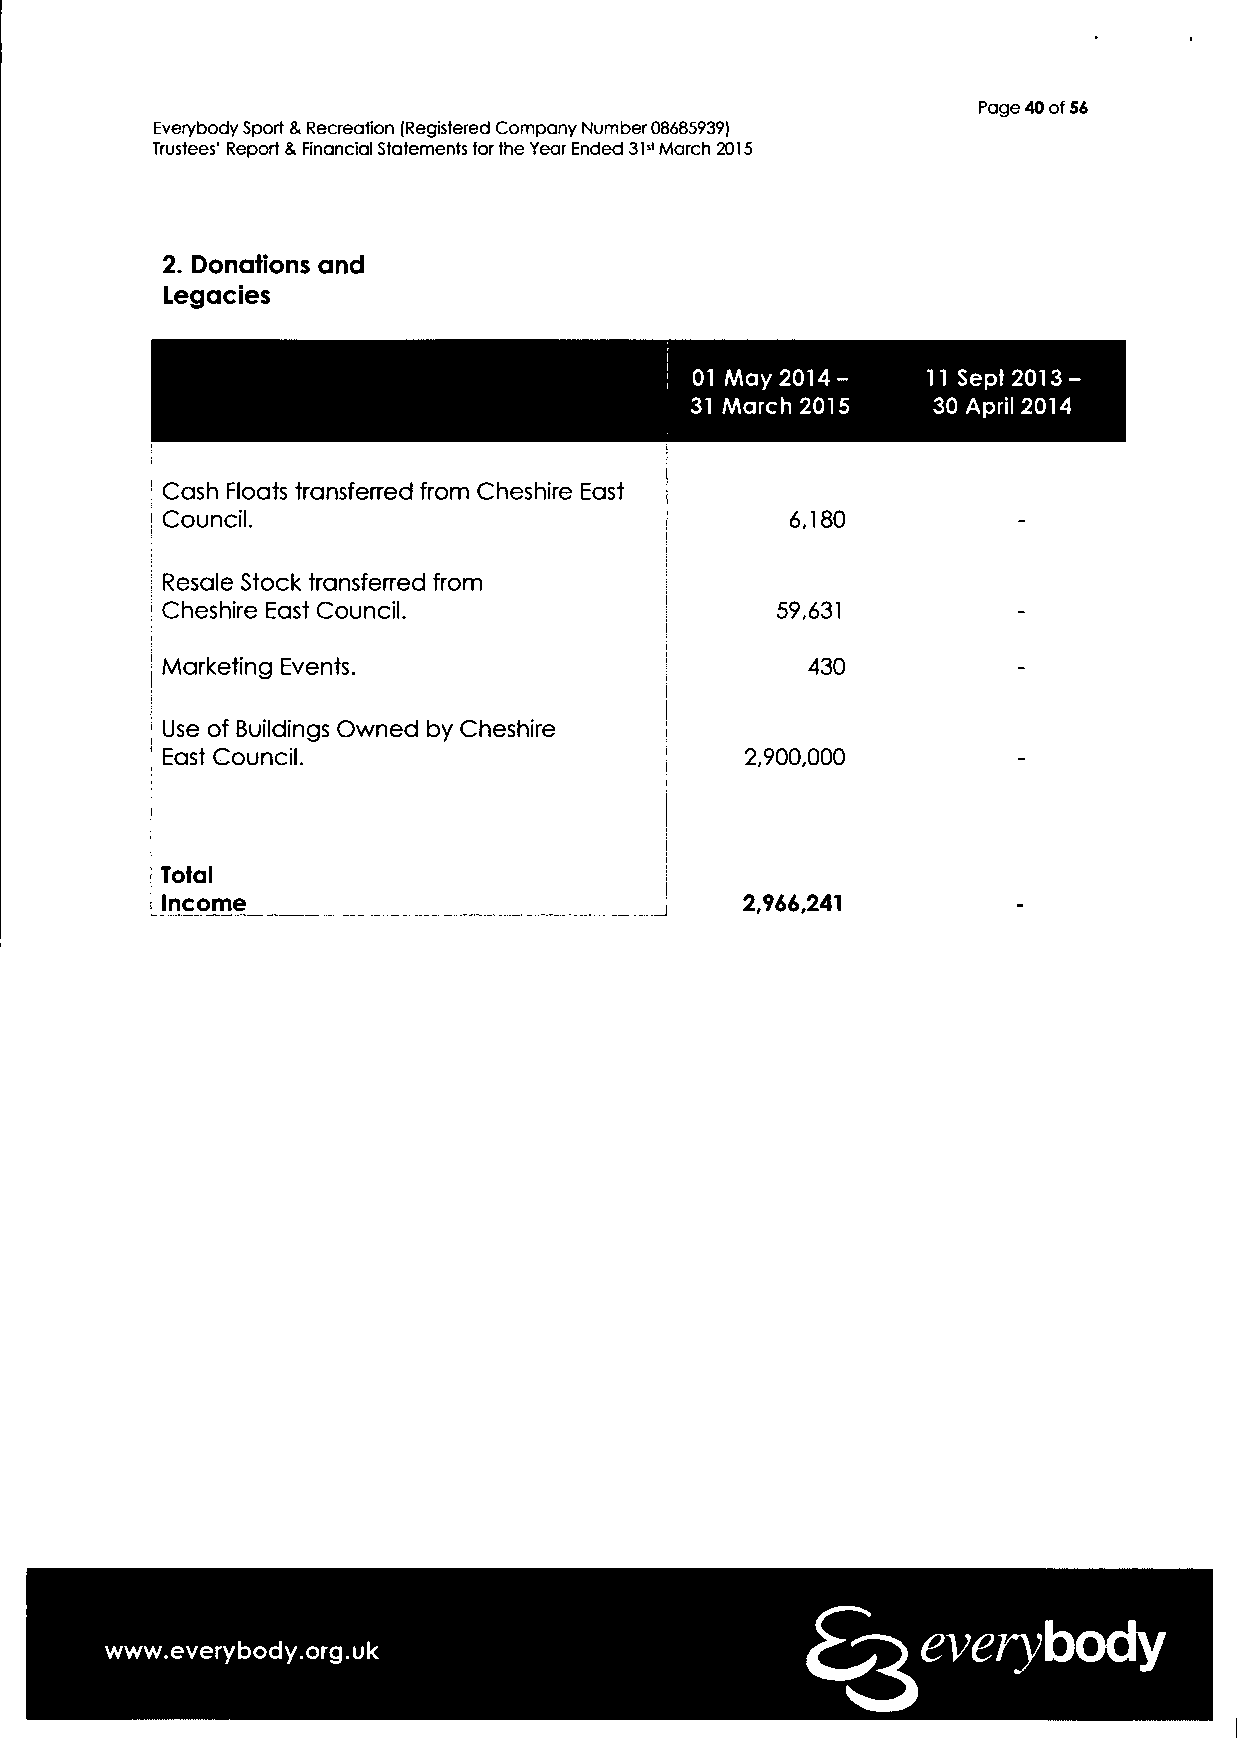
Page 40 of 56
 Everybody Sport & Recreation (Registered Company Number 08685939)
 Trustees' Report & Financial Statements for the Year Ended 31st March 2015
 2. Donations and
 Legacies
 01 May 2014-   11 Sept 2013-
 31 March 2015   30 April 2014
 Cash Floats transferred from Cheshire East
 Council.                                 6,180
 Resale Stock transferred from
 Cheshire East Council.                  59,631
 Marketing Events.                         430
 Use of Buildings Owned by Cheshire
 East Council.                         2,900,000
 Total
 Income                                2,966,241
 www.everybody.org.uk